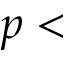
p <